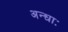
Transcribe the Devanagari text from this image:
अन्धाः